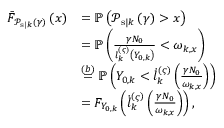
\begin{array} { r l } { \bar { F } _ { \mathcal { P } _ { \mathrm { s } | k } \left( \gamma \right) } \left( x \right) } & { = \mathbb { P } \left( \mathcal { P } _ { \mathrm { s } | k } \left( \gamma \right) > x \right) } \\ & { = \mathbb { P } \left( \frac { \gamma N _ { 0 } } { l _ { k } ^ { \left( \varsigma \right) } \left( Y _ { 0 , k } \right) } < \omega _ { k , x } \right) } \\ & { \overset { ( b ) } { = } \mathbb { P } \left( Y _ { 0 , k } < \dot { l } _ { k } ^ { \left( \varsigma \right) } \left( \frac { \gamma N _ { 0 } } { \omega _ { k , x } } \right) \right) } \\ & { = F _ { Y _ { 0 , k } } \left( \dot { l } _ { k } ^ { \left( \varsigma \right) } \left( \frac { \gamma N _ { 0 } } { \omega _ { k , x } } \right) \right) , } \end{array}